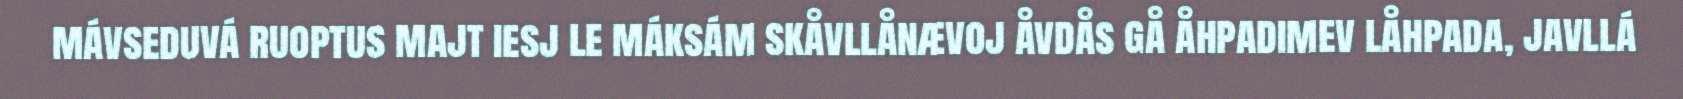
mávseduvá ruoptus majt iesj le máksám skåvllånævoj åvdås gå åhpadimev låhpada, javllá